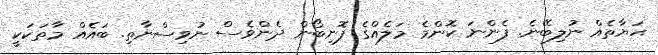
ޙަޔާތެއް ނުލިބޭނެ. ފެންނަ ކޮންމެ މަލެއްގެ ފޮނިބޯން ދެންވެސް ނުވިސްނާތި. ބައެއް މާތަކަކީ